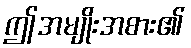
ဤအမျိုးအစား၏